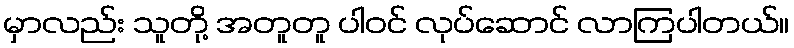
မှာလည်း သူတို့ အတူတူ ပါဝင် လုပ်ဆောင် လာကြပါတယ်။